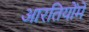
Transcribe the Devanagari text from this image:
आरतियोंमें